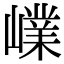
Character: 嶫